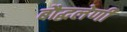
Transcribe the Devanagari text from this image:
बौद्घलेणी